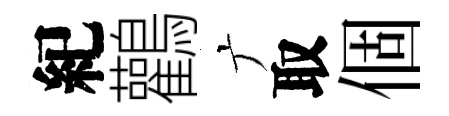
紀鸛广取個